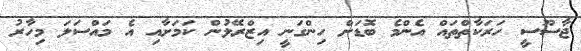
ޖާސޫސީ ހަރަކާތްތައް އެންމެ ބޮޑަށް ހިންގަނީ އިޒްރޭލުން ކަމަށާއި އެ މައްސަލަ މިހާރު